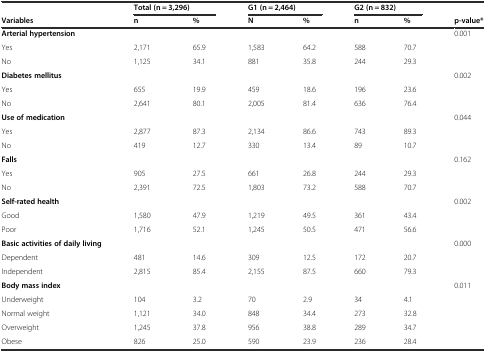
<table><thead><tr><td>[EMPTY_CELL]</td><td colspan="2"><b>Total (n = 3,296)</b></td><td colspan="2"><b>G1 (n = 2,464)</b></td><td colspan="2"><b>G2 (n = 832)</b></td><td>[EMPTY_CELL]</td></tr><tr><td><b>Variables</b></td><td><b>n</b></td><td><b>%</b></td><td><b>N</b></td><td><b>%</b></td><td><b>n</b></td><td><b>%</b></td><td><b>p-value*</b></td></tr></thead><tbody><tr><td><b>Arterial hypertension</b></td><td>[EMPTY_CELL]</td><td>[EMPTY_CELL]</td><td>[EMPTY_CELL]</td><td>[EMPTY_CELL]</td><td>[EMPTY_CELL]</td><td>[EMPTY_CELL]</td><td>0.001</td></tr><tr><td>Yes</td><td>2,171</td><td>65.9</td><td>1,583</td><td>64.2</td><td>588</td><td>70.7</td><td>[EMPTY_CELL]</td></tr><tr><td>No</td><td>1,125</td><td>34.1</td><td>881</td><td>35.8</td><td>244</td><td>29.3</td><td>[EMPTY_CELL]</td></tr><tr><td><b>Diabetes mellitus</b></td><td>[EMPTY_CELL]</td><td>[EMPTY_CELL]</td><td>[EMPTY_CELL]</td><td>[EMPTY_CELL]</td><td>[EMPTY_CELL]</td><td>[EMPTY_CELL]</td><td>0.002</td></tr><tr><td>Yes</td><td>655</td><td>19.9</td><td>459</td><td>18.6</td><td>196</td><td>23.6</td><td>[EMPTY_CELL]</td></tr><tr><td>No</td><td>2,641</td><td>80.1</td><td>2,005</td><td>81.4</td><td>636</td><td>76.4</td><td>[EMPTY_CELL]</td></tr><tr><td><b>Use of medication</b></td><td>[EMPTY_CELL]</td><td>[EMPTY_CELL]</td><td>[EMPTY_CELL]</td><td>[EMPTY_CELL]</td><td>[EMPTY_CELL]</td><td>[EMPTY_CELL]</td><td>0.044</td></tr><tr><td>Yes</td><td>2,877</td><td>87.3</td><td>2,134</td><td>86.6</td><td>743</td><td>89.3</td><td>[EMPTY_CELL]</td></tr><tr><td>No</td><td>419</td><td>12.7</td><td>330</td><td>13.4</td><td>89</td><td>10.7</td><td>[EMPTY_CELL]</td></tr><tr><td><b>Falls</b></td><td>[EMPTY_CELL]</td><td>[EMPTY_CELL]</td><td>[EMPTY_CELL]</td><td>[EMPTY_CELL]</td><td>[EMPTY_CELL]</td><td>[EMPTY_CELL]</td><td>0.162</td></tr><tr><td>Yes</td><td>905</td><td>27.5</td><td>661</td><td>26.8</td><td>244</td><td>29.3</td><td>[EMPTY_CELL]</td></tr><tr><td>No</td><td>2,391</td><td>72.5</td><td>1,803</td><td>73.2</td><td>588</td><td>70.7</td><td>[EMPTY_CELL]</td></tr><tr><td><b>Self-rated health</b></td><td>[EMPTY_CELL]</td><td>[EMPTY_CELL]</td><td>[EMPTY_CELL]</td><td>[EMPTY_CELL]</td><td>[EMPTY_CELL]</td><td>[EMPTY_CELL]</td><td>0.002</td></tr><tr><td>Good</td><td>1,580</td><td>47.9</td><td>1,219</td><td>49.5</td><td>361</td><td>43.4</td><td>[EMPTY_CELL]</td></tr><tr><td>Poor</td><td>1,716</td><td>52.1</td><td>1,245</td><td>50.5</td><td>471</td><td>56.6</td><td>[EMPTY_CELL]</td></tr><tr><td><b>Basic activities of daily living</b></td><td>[EMPTY_CELL]</td><td>[EMPTY_CELL]</td><td>[EMPTY_CELL]</td><td>[EMPTY_CELL]</td><td>[EMPTY_CELL]</td><td>[EMPTY_CELL]</td><td>0.000</td></tr><tr><td>Dependent</td><td>481</td><td>14.6</td><td>309</td><td>12.5</td><td>172</td><td>20.7</td><td>[EMPTY_CELL]</td></tr><tr><td>Independent</td><td>2,815</td><td>85.4</td><td>2,155</td><td>87.5</td><td>660</td><td>79.3</td><td>[EMPTY_CELL]</td></tr><tr><td><b>Body mass index</b></td><td>[EMPTY_CELL]</td><td>[EMPTY_CELL]</td><td>[EMPTY_CELL]</td><td>[EMPTY_CELL]</td><td>[EMPTY_CELL]</td><td>[EMPTY_CELL]</td><td>0.011</td></tr><tr><td>Underweight</td><td>104</td><td>3.2</td><td>70</td><td>2.9</td><td>34</td><td>4.1</td><td>[EMPTY_CELL]</td></tr><tr><td>Normal weight</td><td>1,121</td><td>34.0</td><td>848</td><td>34.4</td><td>273</td><td>32.8</td><td>[EMPTY_CELL]</td></tr><tr><td>Overweight</td><td>1,245</td><td>37.8</td><td>956</td><td>38.8</td><td>289</td><td>34.7</td><td>[EMPTY_CELL]</td></tr><tr><td>Obese</td><td>826</td><td>25.0</td><td>590</td><td>23.9</td><td>236</td><td>28.4</td><td>[EMPTY_CELL]</td></tr></tbody></table>